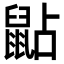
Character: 𪕐